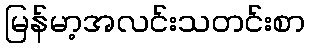
မြန်မာ့အလင်းသတင်းစာ